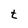
Character: t